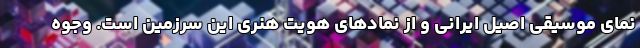
نمای موسیقی اصیل ایرانی و از نمادهای هویت هنری این سرزمین است. وجوه